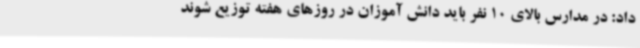
داد: در مدارس بالای 10 نفر باید دانش آموزان در روزهای هفته توزیع شوند